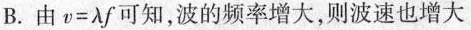
B.由$$v=\lambda f$$知，波的频率增大，则波速也增大